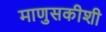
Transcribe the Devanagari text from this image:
माणुसकीशी